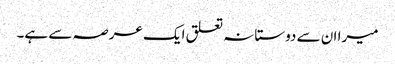
میرا ان سے دوستانہ تعلق ایک عرصہ سے ہے۔